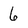
Character: 6